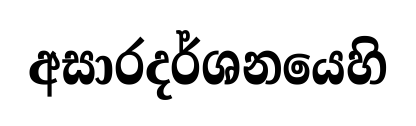
අසාරදර්ශනයෙහි